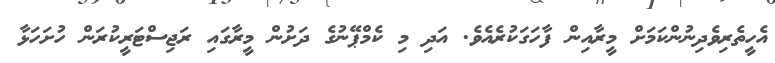
އެހީތެރިވެދިނުންކަމަށް މީރާއިން ފާހަގަކުރެއެވެ. އަދި މި ކެމްޕޭނުގެ ދަށުން މީރާގައި ރަޖިސްޓަރީކުރަން ހުށަހަޅާ